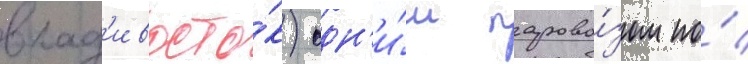
влад'ивосто́к) одн'и́м парово́зом по́